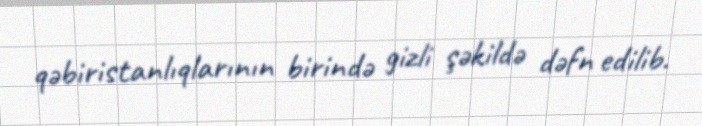
qəbiristanlıqlarının birində gizli şəkildə dəfn edilib.